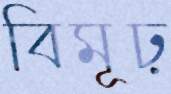
বিমূঢ়